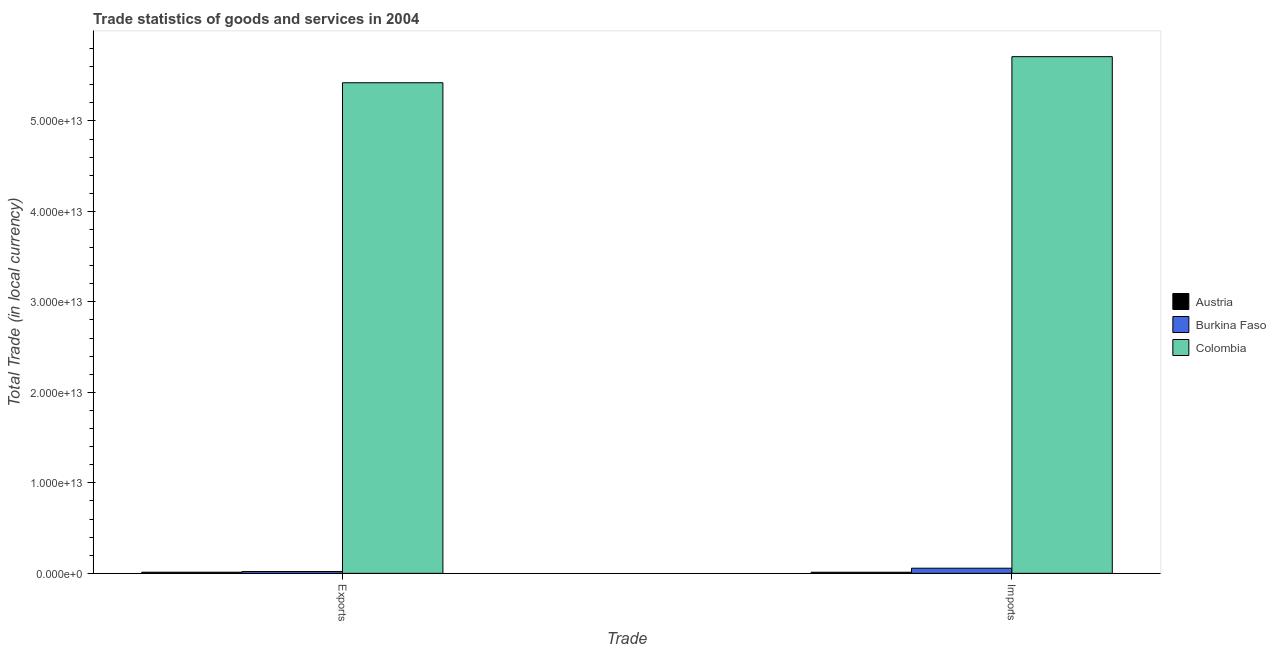
| Trade | Austria | Burkina Faso | Colombia |
 | --- | --- | --- | --- |
 | Exports | 1.24e+11 | 2e+11 | 5.42e+13 |
 | Imports | 1.2e+11 | 5.67e+11 | 5.71e+13 |